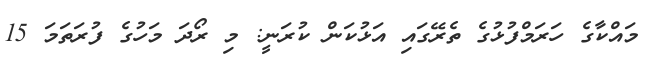
މައްކާގެ ހަރަމްފުޅުގެ ތެރޭގައި އަޅުކަން ކުރަނީ: މި ރޯދަ މަހުގެ ފުރަތަމަ 15